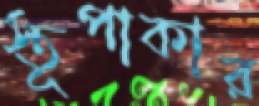
স্তূপাকার